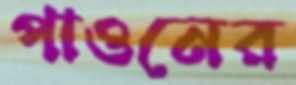
পাওনের